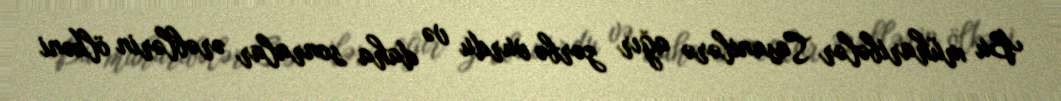
Bu müharibələr Sasanilərə ağır zərbə vurdu və daha sonralar ərəblərin ölkəni